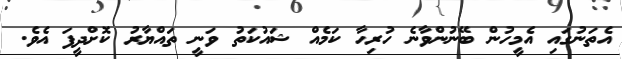
އެތަނުގައި އެމީހުން ބޭނުންވާނެ ހުރިހާ ކަމެއް ޝައުކަތު ވަނީ ތައްޔާރު ކޮށްދީފަ އެވެ.